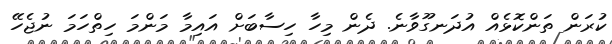
ކުރަން ތަންކޮޅެއް އުދަނގޫވާނެ. ދެން މިހާ ހިސާބަށް އައިމާ މަންމަ ހިތްހަމަ ނުޖެހޭ